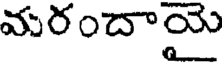
మరందాయై